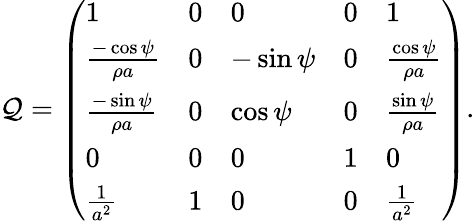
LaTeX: \mathcal{Q}=\left(\begin{array}{lllll}{1}&{0}&{0}&{0}&{1}\\ {\frac{-\cos{\psi}}{\rho a}}&{0}&{-\sin{\psi}}&{0}&{\frac{\cos{\psi}}{\rho a}}\\ {\frac{-\sin{\psi}}{\rho a}}&{0}&{\cos{\psi}}&{0}&{\frac{\sin{\psi}}{\rho a}}\\ {0}&{0}&{0}&{1}&{0}\\ {\frac{1}{a^{2}}}&{1}&{0}&{0}&{\frac{1}{a^{2}}}\end{array}\right).